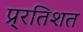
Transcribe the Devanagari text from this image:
प्र्रतिशत